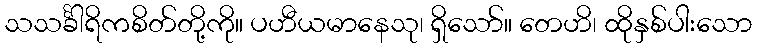
သသင်္ခါရိကစိတ်တို့ကို။ ပဟီယမာနေသု၊ ရှိသော်။ တေဟိ၊ ထိုနှစ်ပါးသော